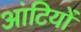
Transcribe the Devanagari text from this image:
आंटियों